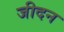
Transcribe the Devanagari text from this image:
जीदन